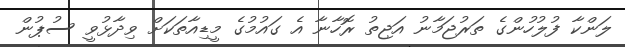
ލަންކާ ފުލުހުންގެ ތަރުޖަމާނު އަޖިތު ރޮހާނާ އެ ގައުމުގެ މީޑިއާތަކަށް ވިދާޅުވީ ސުޕުން